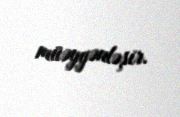
müəyyənləşir.